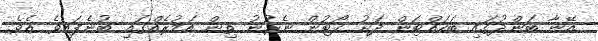
އޭނާ ބަންދުގައި ބަހައްޓަން ދަށު ކޯޓުން ނެރުނު ތިން އަމުރެއްގައި ބުނެފައިވެ އެވެ.